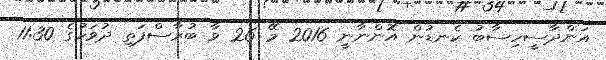
އަންދާސީހިސާބު ކެނޑުން އޮންނާނީ 2016 މޭ 26 ވާ ބުރާސްފަތި ދުވަހުގެ 11:30